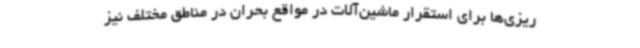
‌ریزی‌ها برای استقرار ماشین‌آلات در مواقع بحران در مناطق مختلف نیز